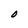
Character: O